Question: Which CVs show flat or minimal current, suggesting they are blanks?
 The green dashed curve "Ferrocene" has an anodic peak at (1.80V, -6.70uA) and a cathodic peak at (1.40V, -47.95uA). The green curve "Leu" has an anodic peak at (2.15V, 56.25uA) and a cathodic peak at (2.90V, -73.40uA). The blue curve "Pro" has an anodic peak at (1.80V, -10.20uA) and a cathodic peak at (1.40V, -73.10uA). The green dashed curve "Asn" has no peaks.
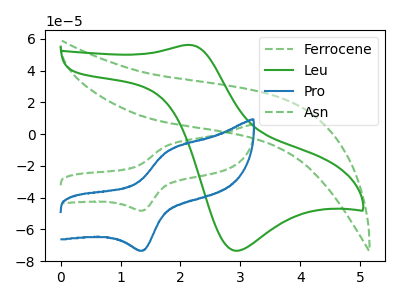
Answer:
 <answer>"Asn" is likely to be a blank.</answer>
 <eval>Asn</eval>